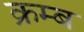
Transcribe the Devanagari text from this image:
क्रम्ब